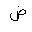
Letter: _dad